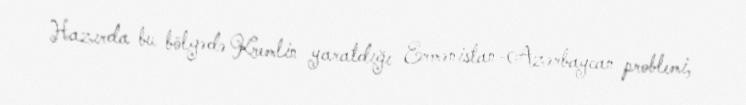
Hazırda bu bölgədə Kremlin yaratdığı Ermənistan-Azərbaycan problemi,